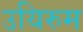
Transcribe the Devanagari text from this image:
उयिरुम